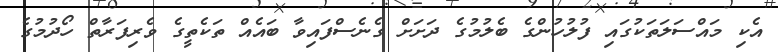
އެކި މައްސަލަތަކުގައި ފުލުހުންގެ ބެލުމުގެ ދަށަށް ގެނެސްފައިވާ ބައެއް ތަކެތީގެ ވެރިފަރާތް ހޯދުމުގެ